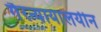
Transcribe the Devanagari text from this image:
गैरन्यायालयीन